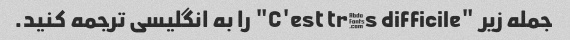
جمله زیر "C'est très difficile" را به انگلیسی ترجمه کنید.